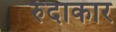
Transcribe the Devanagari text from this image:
रुंदाकार